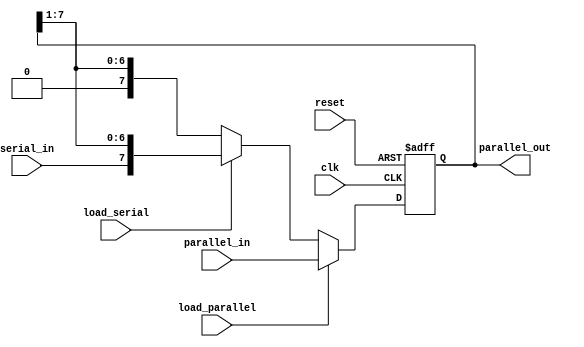
module parameterized_shift_register #(
    parameter WIDTH = 8,               // Parameterized width of the shift register
    parameter SHIFT_DIRECTION = 0      // 0 for right shift, 1 for left shift
)(
    input wire clk,                    // Clock signal
    input wire reset,                  // Asynchronous reset signal
    input wire [WIDTH-1:0] parallel_in, // Parallel input data
    input wire serial_in,              // Serial input data (for serial loading)
    input wire load_parallel,           // Control signal to load parallel data
    input wire load_serial,             // Control signal to load serial data
    output reg [WIDTH-1:0] parallel_out // Parallel output data
);

    // Internal register to hold the shift register state
    reg [WIDTH-1:0] shift_reg;

    // Asynchronous reset and synchronous operation
    always @(posedge clk or posedge reset) begin
        if (reset) begin
            shift_reg <= {WIDTH{1'b0}}; // Set all bits to 0 on reset
        end else begin
            if (load_parallel) begin
                shift_reg <= parallel_in; // Load parallel data
            end else if (load_serial) begin
                if (SHIFT_DIRECTION == 0) begin
                    // Right shift
                    shift_reg <= {serial_in, shift_reg[WIDTH-1:1]};
                end else begin
                    // Left shift
                    shift_reg <= {shift_reg[WIDTH-2:0], serial_in};
                end
            end else begin
                // Shift operation without loading new data
                if (SHIFT_DIRECTION == 0) begin
                    // Right shift
                    shift_reg <= {1'b0, shift_reg[WIDTH-1:1]};
                end else begin
                    // Left shift
                    shift_reg <= {shift_reg[WIDTH-2:0], 1'b0};
                end
            end
        end
    end

    // Output the current state of the shift register
    assign parallel_out = shift_reg;

endmodule